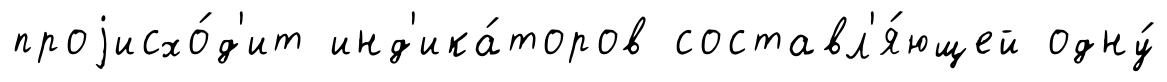
проjисхо́д'ит инд'ика́торов составл'я́ющей одну́